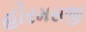
હોરમસજી